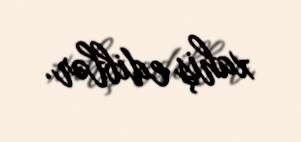
xahiş ediblər.